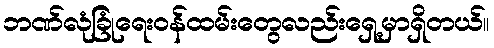
ဘဏ်လုံခြုံရေးဝန်ထမ်းတွေလည်းရှေ့မှာရှိတယ်။